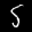
Label: 5